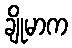
ချိုမာက